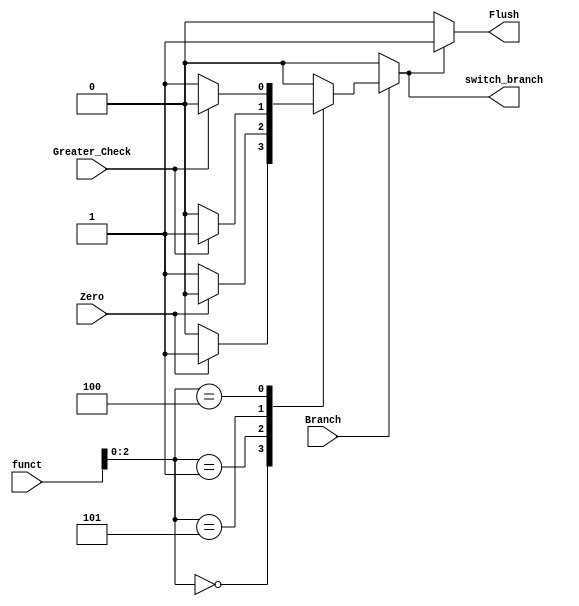
module Branch_Control
(
    input Branch, Zero, Greater_Check,
    input [3:0] funct,
    output reg switch_branch, Flush
);

always @(*) begin
    if (Branch) begin
        case ({funct[2:0]})
            3'b000: switch_branch = Zero ? 1 : 0;
            3'b001: switch_branch = Zero ? 0 : 1;
            3'b101: switch_branch = Greater_Check ? 1 : 0;
            3'b100: switch_branch = Greater_Check ? 0 : 1;
            default: switch_branch = 0;
        endcase
    end else begin
        switch_branch = 0;
    end
end

always @(switch_branch) begin
    if (switch_branch) begin
        Flush <= 1;
    end else begin
        Flush <= 0;
    end
end

endmodule